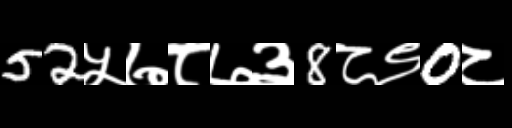
Text: 52५७८७३8८९0८